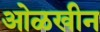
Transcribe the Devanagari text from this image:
ओळखीन